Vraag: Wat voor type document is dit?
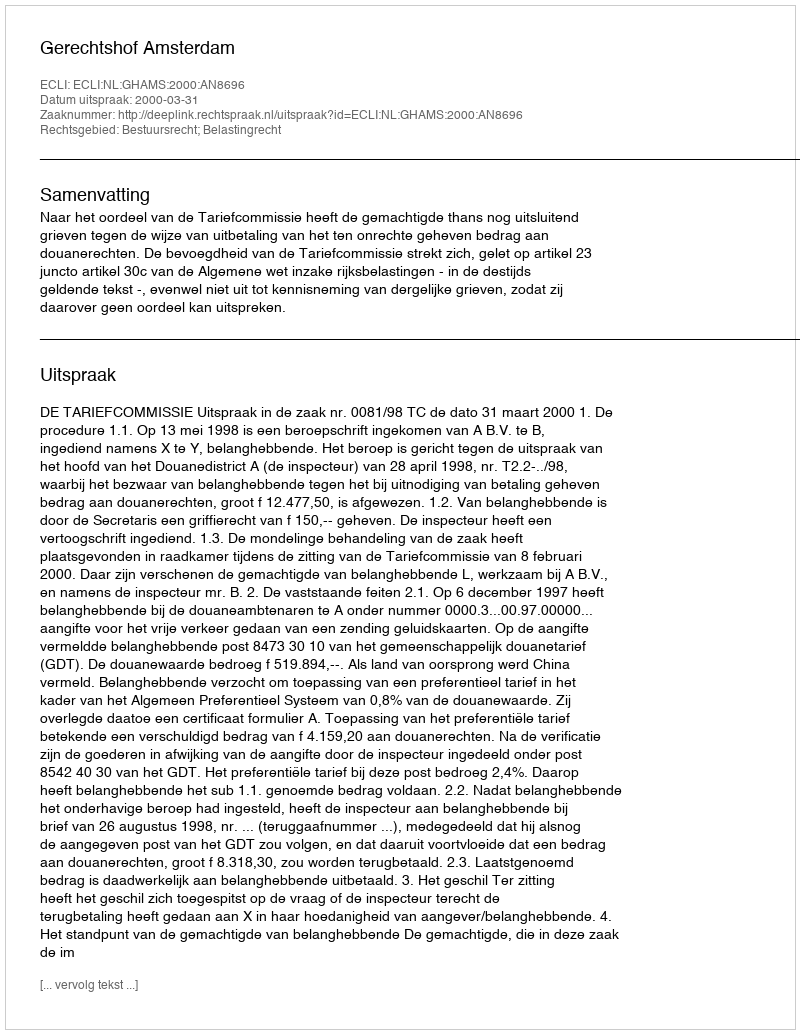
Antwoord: Uitspraak